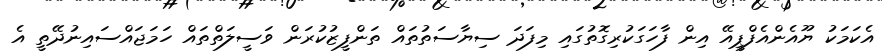
އެކަމަކު ޔޫއެންއެފްޕީއޭ އިން ފާހަގަކުރިގޮތުގައި މިފަދަ ސިޔާސަތުތައް ތަންފީޒުކުރަން ވަސީލަތްތައް ހަމަޖައްސައިނުދޭތީ އެ